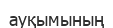
ауқымының